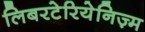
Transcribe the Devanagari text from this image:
लिबरटेरियेनिज़्म